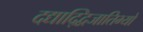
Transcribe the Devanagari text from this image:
दद्याद्द्विजातिभ्यो